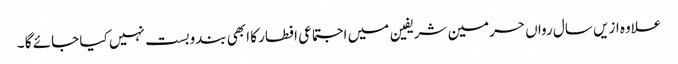
علاوہ ازیں سال رواں حرمین شریفین میں اجتماعی افطار کا ابھی بندوبست نہیں کیا جائے گا ۔